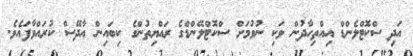
އަދި ސްކޮޓްލެންޑް އިއްތިހާދުން ވަކި ނުވުމަށް ސްކޮޓްލޭންޑްގެ ރައްޔިތުންގެ ކިބައިން އާދޭސް ކުރައްވާފައެވެ.